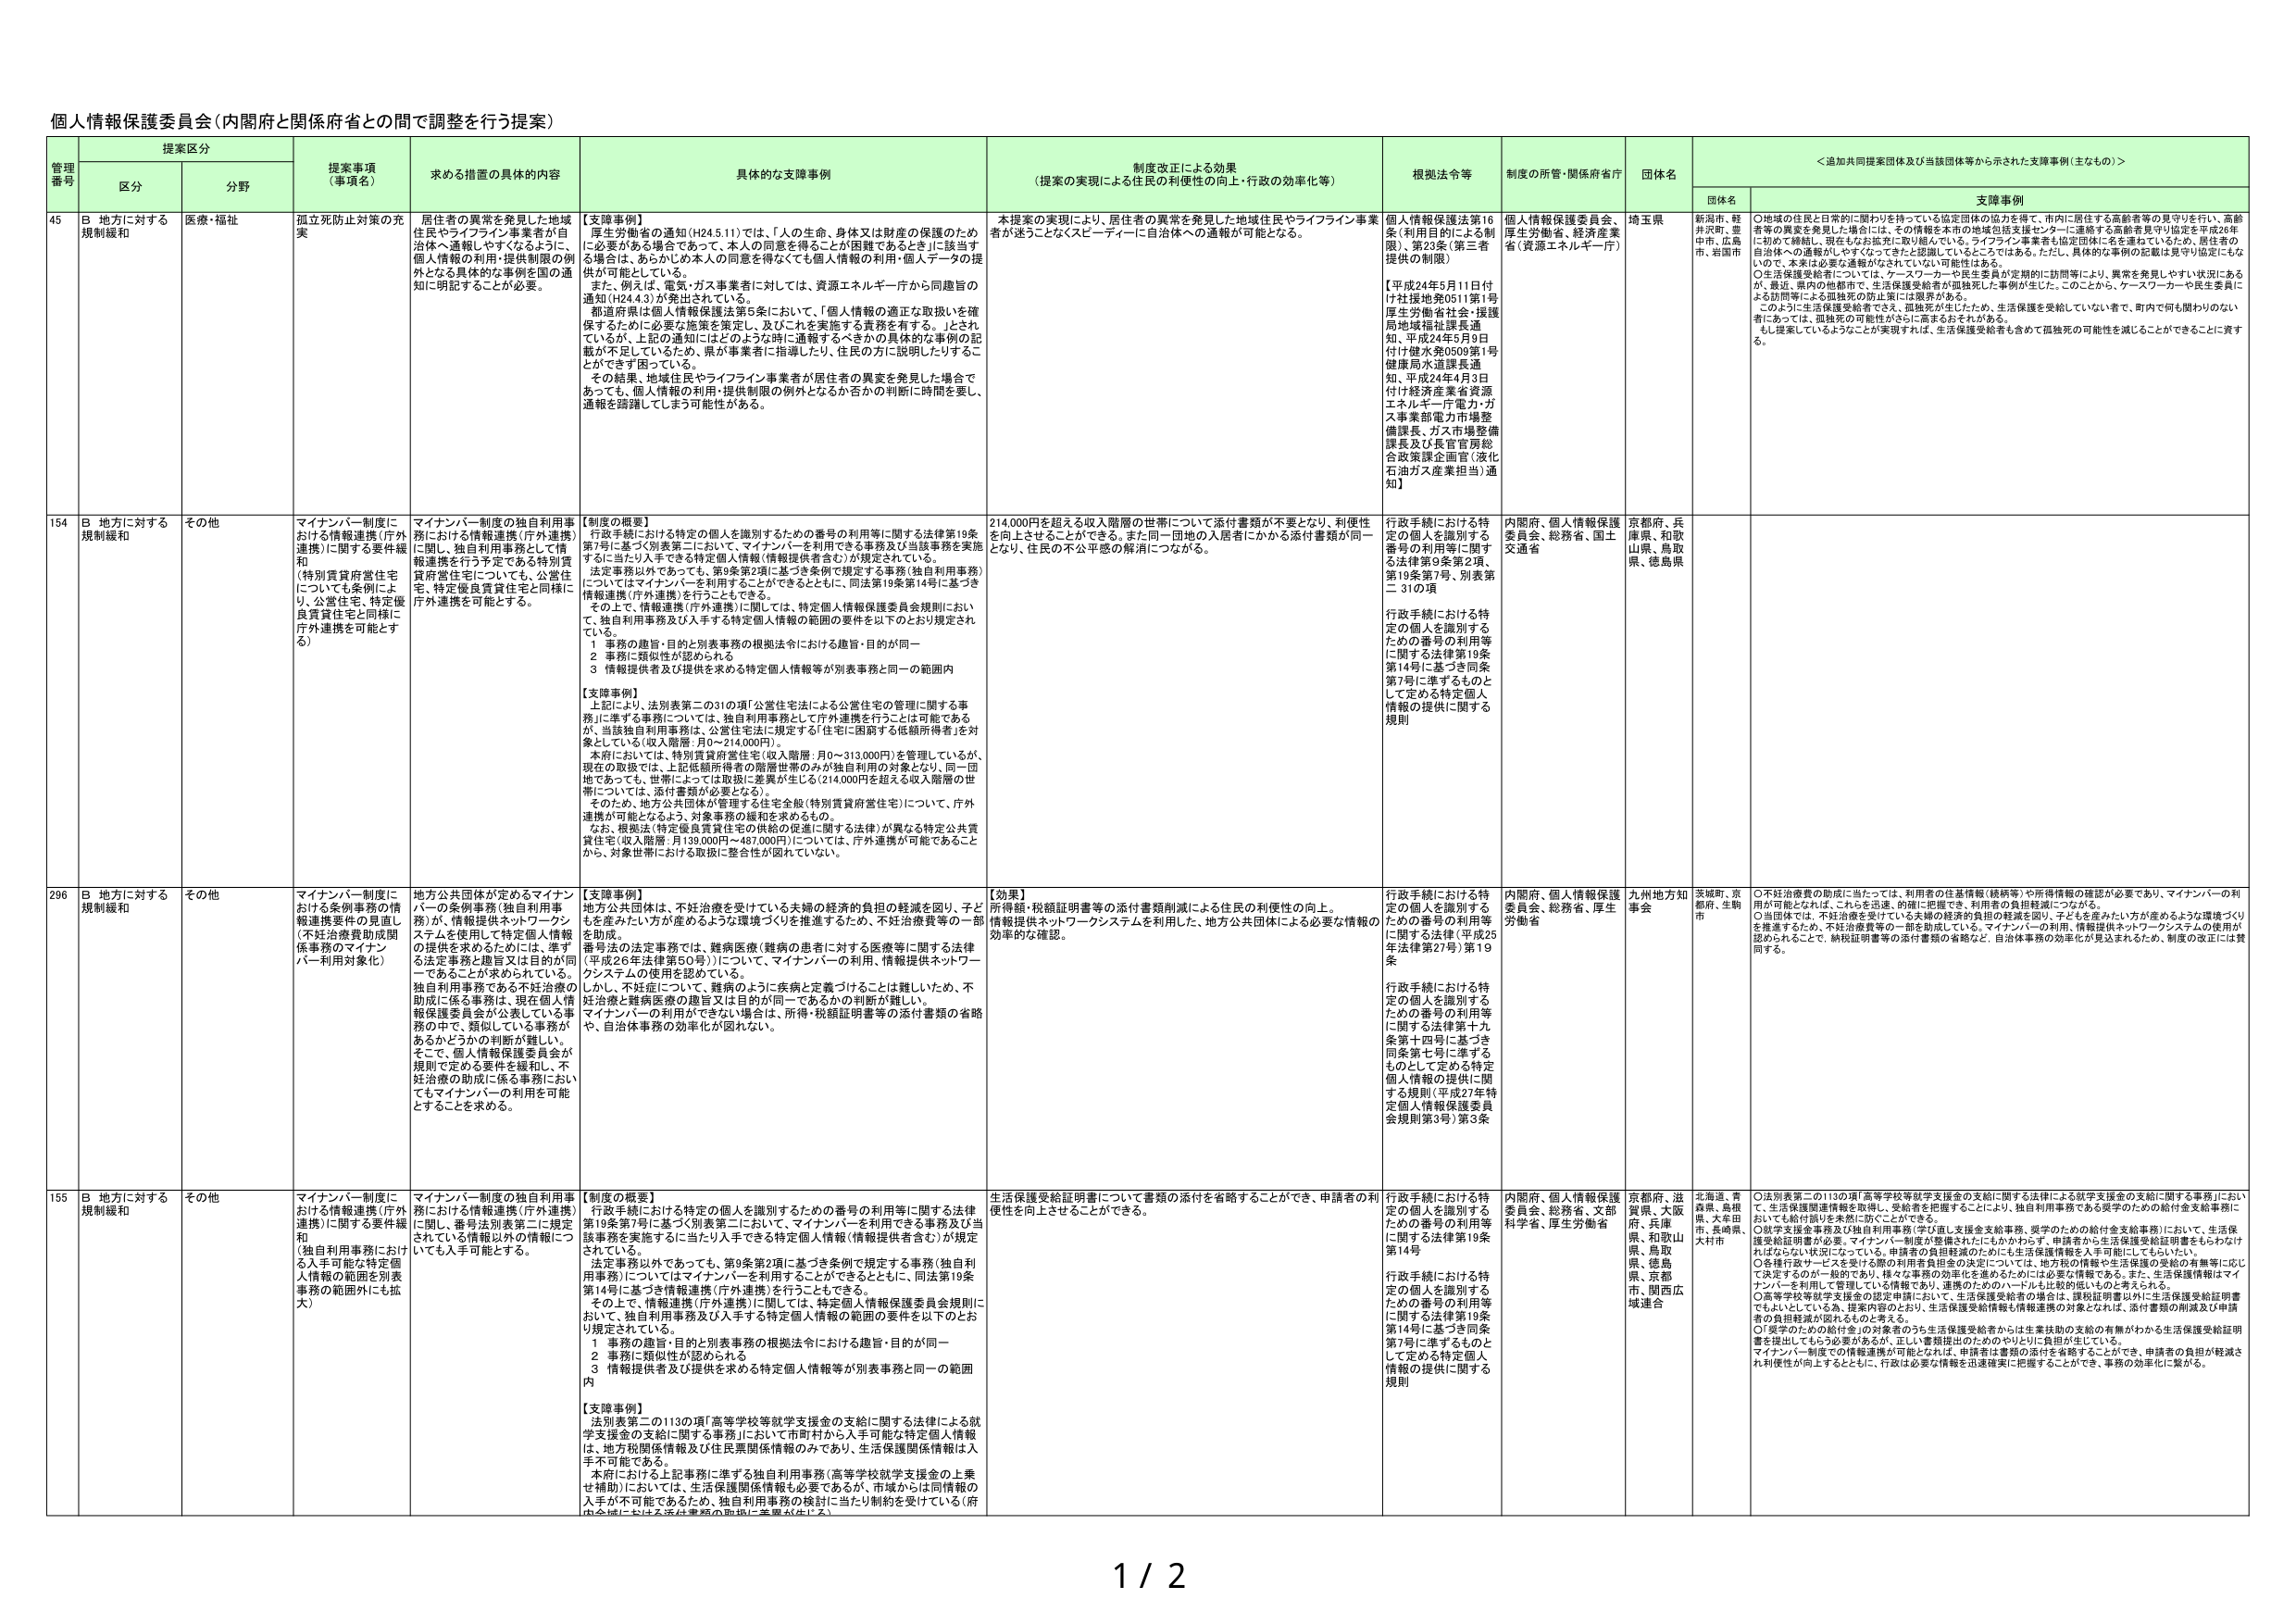
個人情報保護委員会（内閣府と関係府省との間で調整を行う提案）

管理番号 提案区分 提案事項（事項名） 求める措置の具体的内容 具体的な支障事例 制度改正による効果（提案の実現による住民の利便性の向上・行政の効率化等） 根拠法令等 制度の所管・関係府省庁 団体名 ＜追加共同提案団体及び当該団体等から示された支援事例（主なもの）＞
区分 分野 団体名 支障事例

45 B 地方に対する規制緩和 医療・福祉 孤立死防止対策の充実 居住者の異常を発見した地域住民やライフライン事業者が自治体へ通報しやすくなるように、個人情報の利用・提供制限の例外となる具体的な事例を国の通知に明記することが必要。 【支障事例】 厚生労働省の通知（H24.5.11）では、「人の生命、身体又は財産の保護のため必要がある場合であって、本人の同意を得ることが困難であるときに該当する場合は、あらかじめ本人の同意を得なくても個人情報の利用・個人データの提供が可能としている。 また、例えば、電気・ガス事業者に対しては、資源エネルギー庁から同趣旨の通知（H24.4.3）が発出されている。 都道府県は個人情報保護法第5条において、「個人情報の適正な取扱いを確保するために必要な施策を策定し、及びこれを実施する責務を有する。」とされているが、上記の通知にはどのような時に通報するべきかの具体的な事例の記載が不足しているため、県が事業者に指導したり、住民の方に説明したりすることができず困っている。 その結果、地域住民やライフライン事業者が居住者の異変を発見した場合であっても、個人情報の利用・提供制限の例外となるか否かの判断に時間を要し、通報を躊躇してしまう可能性がある。 本提案の実現により、居住者の異常を発見した地域住民やライフライン事業者が迷うことなくスピーディーに自治体への通報が可能となる。 個人情報保護法第16条（利用目的による制限）、第23条（第三者提供の制限） 【平成24年5月11日付け社接地発0511第1号厚生労働省社会・援護局地域福祉課長通知、平成24年5月9日付け健水発0509第1号健康局水道課長通知、平成24年4月3日付け経済産業省資源エネルギー庁電力・ガス事業部電力市場整備課長、ガス市場整備課長及び長官官房総合政策課企画官（液化石油ガス産業担当）通知】 個人情報保護委員会、厚生労働省、経済産業省（資源エネルギー庁） 埼玉県 新潟市、軽井沢町、豊中市、広島市、岩国市 ○地域の住民と日常的に関わりを持っている協定団体の協力を得て、市内に居住する高齢者見守り協定を行い、高齢者等の異変を発見した場合には、その情報を本市の地域包括支援センターに連絡する高齢者見守り協定を平成26年に初めて締結し、現在もなお拡大に取り組んでいる。ライフライン事業者も協定団体に名を連ねているため、居住者の自治体への通報がしやすくなってきたと認識しているところである。ただし、具体的な事例の記載は見やり協定にもないので、本来は必要な通報がなされていない可能性はある。 ○生活保護受給者については、ケースワーカーや民生委員が定期的に訪問等により、異常を発見しやすい状況にあるが、最近、県内の他都市で、生活保護受給者が孤独死した事例が生じた。このことから、ケースワーカーや民生委員による訪問等による孤独死の防止策には限界がある。 このように生活保護受給者でさえ、孤独死が生じたため、生活保護を受給していない者で、町内で何も関わりのない者にあっては、孤独死の可能性がさらに高まるおそれがある。 もし提案しているようなことが実現すれば、生活保護受給者も含めて孤独死の可能性を減らすことができることに資する。

154 B 地方に対する規制緩和 その他 マイナンバー制度における情報連携（庁外連携）に関する要件緩和 （特別賃貸営住宅についても条例により、公営住宅、特定優良賃貸住宅と同様に庁外連携を可能とする） マイナンバー制度の独自利用事務における情報連携（庁外連携）に関し、独自利用事務として情報連携を行う予定である特別賃貸営住宅についても、公営住宅、特定優良賃貸住宅と同様に庁外連携を可能とする。 【制度の概要】 行政手続における特定の個人を識別するための番号の利用等に関する法律第19条第7号に基づく別表第二において、「マイナンバーを利用できる事務及び当該事務を実施するに当たり入手する特定個人情報（情報提供者含む）」が規定されている。 法定事務以外であっても、第9条第2項に基づき条例で規定する事務（独自利用事務）についてはマイナンバーを利用することができるときに、同法第19条第14号に基づき情報連携（庁外連携）を行うこともできる。 その上で、情報連携（庁外連携）に関しては、特定個人情報保護委員会規則において、独自利用事務及び入手する特定個人情報の範囲の要件を以下のとおり規定されている。 1 事務の趣旨・目的と別表事務の根拠法令における趣旨・目的が同一 2 事務に類似性が認められる 3 情報提供者及び提供を求める特定個人情報等が別表事務と同一の範囲内 【支障事例】 上記により、法別表第二の31の項「公営住宅法による公営住宅の管理に関する事務」に準ずる事務については、独自利用事務として庁外連携を行うことは可能であるが、当該独自利用事務は、公営住宅法に規定する「住宅に困窮する低額所得者」を対象としている（収入階層：月0～214,000円）。 本府においては、特別賃貸営住宅（収入階層：月0～313,000円）を管理しているが、現在の取扱では、上記低額所得者の階層世帯のみが独自利用の対象となり、同一団地であっても、世帯によっては取扱に差異が生じる（214,000円を超える収入階層の世帯については、添付書類が必要となる）。 そのため、地方公共団体が管理する住宅全般（特別賃貸営住宅）について、庁外連携が可能となるよう、対象事務の緩和を求めるもの。 なお、優能法（特定優良賃貸住宅の供給の促進に関する法律）が異なる特定公共賃貸住宅（収入階層：月139,000円～487,000円）については、庁外連携が可能であることから、対象世帯における取扱に整合性が図れていない。 214,000円を超える収入階層の世帯について添付書類が不要となり、利便性を向上させることができる。また同一団地の入居者にかかる添付書類が同一となり、住民の不公平感の解消につながる。 行政手続における特定の個人を識別する番号の利用等に関する法律第9条第2項、第19条第7号、別表第二 31の項 行政手続における特定の個人を識別するための番号の利用等に関する法律第19条第14号に基づき同条第7号に準ずるものとして定める特定個人情報の提供に関する規則 内閣府、個人情報保護委員会、総務省、国土交通省 京都府、兵庫県、和歌山県、鳥取県、徳島県

296 B 地方に対する規制緩和 その他 マイナンバー制度における条例事務の情報連携要件の見直し （不妊治療費助成関係事務のマイナンバー利用対象化） 地方公共団体が定めるマイナンバーの条例事務（独自利用事務）が、情報提供ネットワークシステムを使用して特定個人情報の提供を求めたためには、準ずる法定事務と趣旨又は目的が同一であることが求められている。 独自利用事務である不妊治療の助成に係る事務は、現在個人情報保護委員会が公表している事務の中で、類似している事務があるかどうかの判断が難しい。 そこで、個人情報保護委員会が規則で定める要件を緩和し、不妊治療の助成に係る事務においてもマイナンバーの利用を可能とすることを求める。 【支障事例】 地方公共団体は、不妊治療を受けている夫婦の経済的負担の軽減を図り、子どもを産みたい方が産めるような環境づくりを推進するため、不妊治療費等の一部を助成。 番号法の法定事務では、難病医療（難病の患者に対する医療等に関する法律（平成26年法律第50号））について、マイナンバーの利用、情報提供ネットワークシステムの使用が認めている。 しかし、不妊症について、難病のように疾病と定義づけることは難しいため、不妊治療と難病医療の趣旨又は目的が同一であるかの判断が難しい。 マイナンバーの利用ができない場合は、所得・税額証明書等の添付書類の省略や、自治体事務の効率化が図れない。 【効果】 所得額・税額証明書等の添付書類削減による住民の利便性の向上。 情報提供ネットワークシステムを利用した、地方公共団体による必要な情報の効率的な確認。 行政手続における特定の個人を識別するための番号の利用等に関する法律（平成25年法律第27号）第19条 行政手続における特定の個人を識別するための番号の利用等に関する法律第十九条第十四号に基づき同条第七号に準ずるものとして定める特定個人情報の提供に関する規則（平成27年特定個人情報保護委員会規則第3号）第3条 内閣府、個人情報保護委員会、総務省、厚生労働省 九州地方知事会 茨城県、京都市、生駒市 ○不妊治療費の助成に当たっては、利用者の住基情報（続柄等）や所得情報の確認が必要であり、マイナンバーの利用が可能となれば、これらを迅速、的確に把握でき、利用者の負担軽減につながる。 ○当団体では、不妊治療を受けてている夫婦の経済的負担の軽減を図り、子どもを産みたい方が産めるような環境づくりを推進するため、不妊治療費等の一部を助成している。マイナンバーの利用、情報提供ネットワークシステムの使用が認められることで、納税証明書等の添付書類の省略など、自治体事務の効率化が見込まれるため、制度の改正には賛同する。

155 B 地方に対する規制緩和 その他 マイナンバー制度における情報連携（庁外連携）に関する要件緩和 （独自利用事務における入手可能な特定個人情報の範囲を別表事務の範囲外にも拡大） マイナンバー制度の独自利用事務における情報連携（庁外連携）に関し、番号法別表第二に規定されている情報以外の情報についても入手可能とする。 【制度の概要】 行政手続における特定の個人を識別するための番号の利用等に関する法律第19条第7号に基づく別表第二において、マイナンバーを利用できる事務及び当該事務を実施するに当たり入手できる特定個人情報（情報提供者含む）が規定されている。 法定事務以外であっても、第9条第2項に基づき条例で規定する事務（独自利用事務）についてはマイナンバーを利用することができるとともに、同法第19条第14号に基づき情報連携（庁外連携）を行うことができる。 その上で、情報連携（庁外連携）に関しては、特定個人情報保護委員会規則において、独自利用事務及び入手する特定個人情報の範囲の要件を以下のとおり規定されている。 1 事務の趣旨・目的と別表事務の根拠法令における趣旨・目的が同一 2 事務に類似性が認められる 3 情報提供者及び提供を求める特定個人情報等が別表事務と同一の範囲内 【支障事例】 法別表第二の113の項「高等学校等就学支援金の支給に関する法律による就学支援金の支給に関する事務」において市町村から入手可能な特定個人情報は、地方税関係情報及び住民票関係情報のみであり、生活保護関係情報は入手不可能である。 本府における上記事務に準ずる独自利用事務（高等学校就学支援金の上乗せ補助）においては、生活保護関係情報も必要であるが、市域からは同情報の入手が不可能であるため、独自利用事務の検討に当たり制約を受けている（府内全域における支給事務の取扱に差異が生じる）。 生活保護受給証明書について書類の添付を省略することができ、申請者の利便性を向上させることができる。 行政手続における特定の個人を識別するための番号の利用等に関する法律第19条第14号 行政手続における特定の個人を識別するための番号の利用等に関する法律第19条第14号に基づき同条第7号に準ずるものとして定める特定個人情報の提供に関する規則 内閣府、個人情報保護委員会、総務省、文部科学省、厚生労働省 京都府、滋賀県、大阪府、兵庫県、和歌山県、鳥取県、徳島県、京都市、関西広域連合 北海道、青森県、島根県、大牟田市、長崎県、大村市 ○法別表第二の113の項「高等学校等就学支援金の支給に関する法律による就学支援金の支給に関する事務」において、生活保護関連情報を取り扱い、受給者を把握することにより、独自利用事務である奨学のための給付金支給事務においても給付額に差異を防ぐことができる。 ○就学支援金事務及び独自利用事務（学び直し支援金支給事務、奨学のための給付金支給事務）において、生活保護受給証明書が必要、マイナンバー制度が整備されにともかかわらず、申請者から生活保護受給証明書をもらわなければならぬ状況になっている。申請者の負担軽減のためにも生活保護情報等入手可能にしてもらいたい。 ○各種行政サービスを受けた際の利用者負担金の決定については、地方税の情報や生活保護の受給の有無等に応じて決定するのが一般的であり、様々な事務の効率化を進めるためには必要な情報である。また、生活保護情報はマイナンバーを利用して管理している情報であり、連携のためのハードルも比較的低いものと考えられる。 ○高等学校等就学支援金の認定申請において、生活保護受給者の場合は、課税証明書以外に生活保護受給証明書でもよいとしている為、提案内容のとおり、生活保護受給情報も情報連携の対象となれば、添付書類の削減及び申請者の負担軽減が図れるものと考える。 ○奨学のための給付金（対象者のうち生活保護受給者からは生業扶助の支給の有無がわかる生活保護受給証明書を提出してもらう必要があるが、正しい書類提出のためのやりとりに負担が生じている。 マイナンバー制度での情報連携が可能となれば、申請者は書類の添付を省略することができ、申請者の負担が軽減され利便性が向上するとともに、行政は必要な情報を迅速確実に把握することができ、事務の効率化に繋がる。

1 / 2